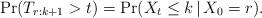
LaTeX: \begin{align*}\Pr(T_{r:k{+}1} > t) = \Pr(X_t \le k \,\vert\, X_0 = r).\end{align*}